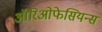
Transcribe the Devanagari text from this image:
ऑरिओफेसियन्स